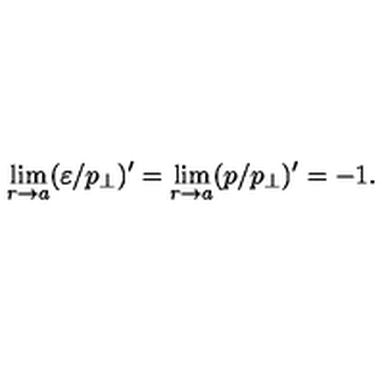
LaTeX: \lim _ { r \to a } ( \varepsilon / p _ { \perp } ) ^ { \prime } = \lim _ { r \to a } ( p / p _ { \perp } ) ^ { \prime } = - 1 .